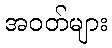
အဝတ်များ